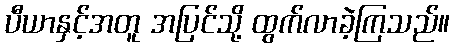
ပီယာနှင့်အတူ အပြင်သို့ ထွက်လာခဲ့ကြသည်။